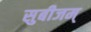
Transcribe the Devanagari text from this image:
सुबीजम्